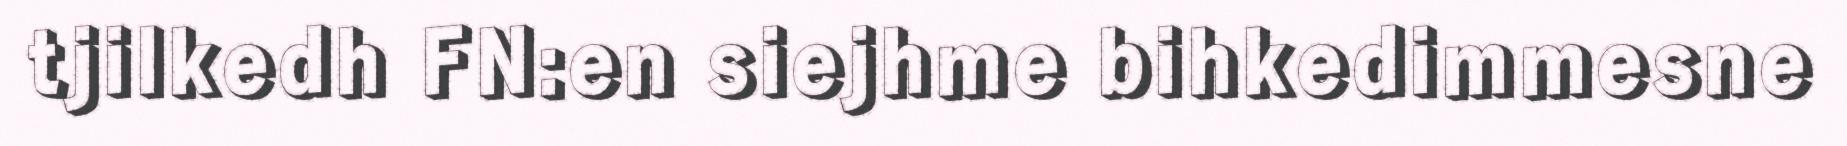
tjilkedh FN:en siejhme bihkedimmesne